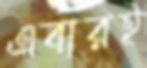
এবারই